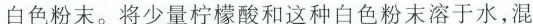
白色粉末。将少量柠檬酸和这种白色粉末溶于水，混